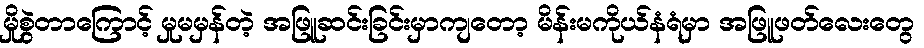
မှိုစွဲတာကြောင့် မှုမမှန်တဲ့ အဖြူဆင်းခြင်းမှာကျတော့ မိန်းမကိုယ်နံရံမှာ အဖြူဖတ်လေးတွေ